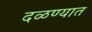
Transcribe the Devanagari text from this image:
दळण्यात